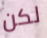
لكن